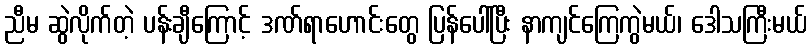
ညီမ ဆွဲလိုက်တဲ့ ပန်းချီကြောင့် ဒဏ်ရာဟောင်းတွေ ပြန်ပေါ်ပြီး နာကျင်ကြေကွဲမယ်၊ ဒေါသကြီးမယ်